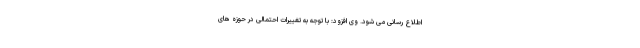
اطلاع رسانی می شود. وی افزود: با توجه به تغییرات احتمالی در حوزه های